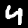
Label: 4